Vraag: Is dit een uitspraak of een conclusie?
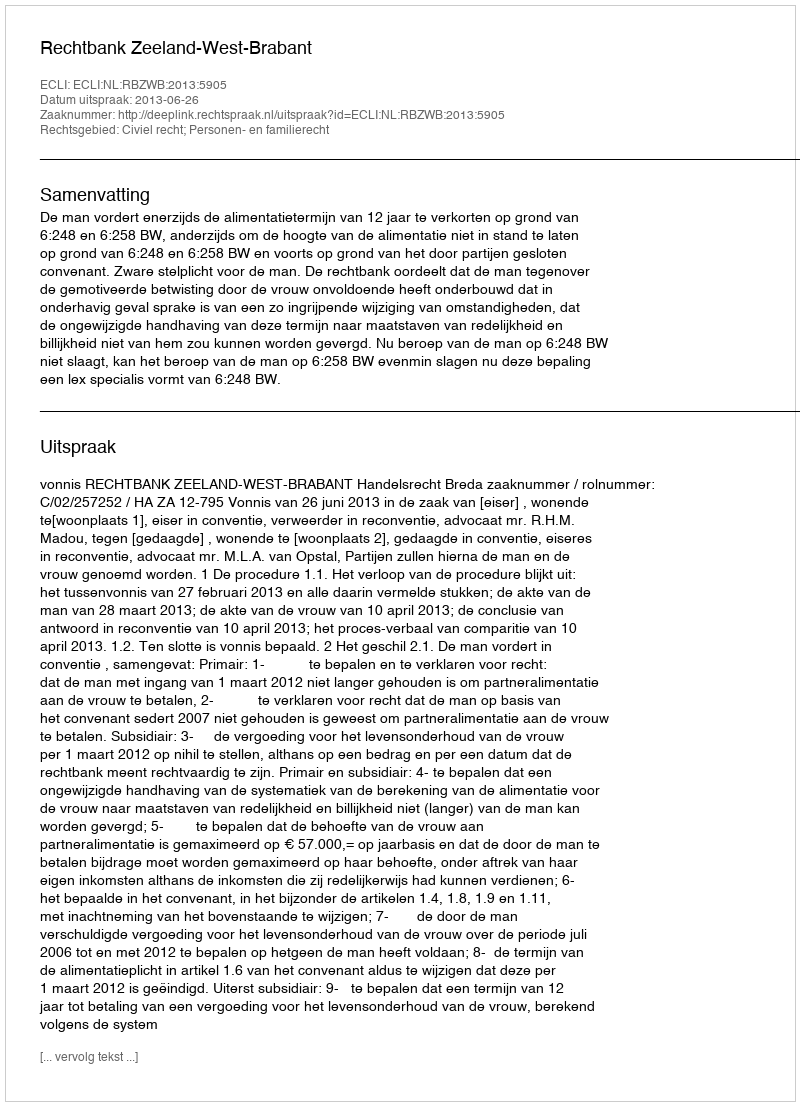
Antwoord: Uitspraak